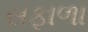
સફાળા